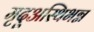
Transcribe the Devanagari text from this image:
मृदुअस्थिभग्न